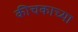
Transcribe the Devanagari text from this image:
कीचकाच्या